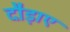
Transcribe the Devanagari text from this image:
दौड़ाए